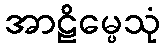
အာဠိမ္ပေသုံ